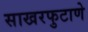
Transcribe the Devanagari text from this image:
साखरफुटाणे